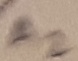
Text: A2